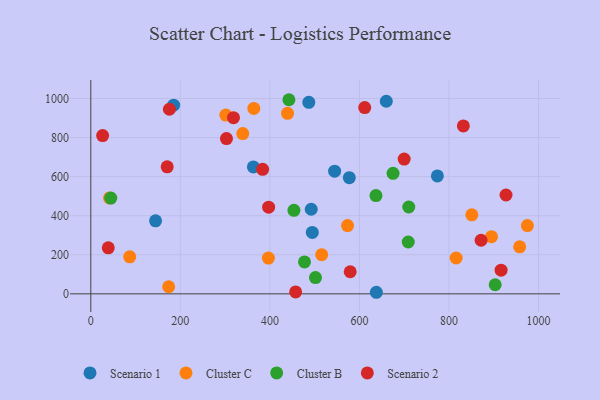
{"axis": {"x": "Distance", "y": "Salary"}, "legend": ["Cluster B", "Cluster C", "Scenario 1", "Scenario 2"], "data": [{"x": "185.0", "y": 965.9, "type": "Scenario 1"}, {"x": "492.3", "y": 433.0, "type": "Scenario 1"}, {"x": "660.0", "y": 986.0, "type": "Scenario 1"}, {"x": "544.6", "y": 628.0, "type": "Scenario 1"}, {"x": "637.8", "y": 8.0, "type": "Scenario 1"}, {"x": "363.1", "y": 649.9, "type": "Scenario 1"}, {"x": "494.7", "y": 314.6, "type": "Scenario 1"}, {"x": "774.1", "y": 603.6, "type": "Scenario 1"}, {"x": "577.4", "y": 594.8, "type": "Scenario 1"}, {"x": "144.6", "y": 374.0, "type": "Scenario 1"}, {"x": "486.9", "y": 980.7, "type": "Scenario 1"}, {"x": "975.1", "y": 349.6, "type": "Cluster C"}, {"x": "173.9", "y": 36.2, "type": "Cluster C"}, {"x": "301.6", "y": 915.2, "type": "Cluster C"}, {"x": "364.1", "y": 949.4, "type": "Cluster C"}, {"x": "439.4", "y": 924.3, "type": "Cluster C"}, {"x": "573.4", "y": 349.4, "type": "Cluster C"}, {"x": "894.9", "y": 292.5, "type": "Cluster C"}, {"x": "396.6", "y": 182.9, "type": "Cluster C"}, {"x": "851.0", "y": 404.3, "type": "Cluster C"}, {"x": "957.9", "y": 240.9, "type": "Cluster C"}, {"x": "515.7", "y": 200.3, "type": "Cluster C"}, {"x": "41.8", "y": 491.3, "type": "Cluster C"}, {"x": "816.0", "y": 183.4, "type": "Cluster C"}, {"x": "86.9", "y": 189.6, "type": "Cluster C"}, {"x": "339.4", "y": 820.6, "type": "Cluster C"}, {"x": "675.1", "y": 617.0, "type": "Cluster B"}, {"x": "442.5", "y": 993.8, "type": "Cluster B"}, {"x": "709.0", "y": 265.3, "type": "Cluster B"}, {"x": "636.9", "y": 503.2, "type": "Cluster B"}, {"x": "453.7", "y": 427.5, "type": "Cluster B"}, {"x": "44.6", "y": 490.1, "type": "Cluster B"}, {"x": "903.2", "y": 46.6, "type": "Cluster B"}, {"x": "710.2", "y": 444.6, "type": "Cluster B"}, {"x": "501.8", "y": 83.3, "type": "Cluster B"}, {"x": "477.3", "y": 163.4, "type": "Cluster B"}, {"x": "579.4", "y": 113.2, "type": "Scenario 2"}, {"x": "916.4", "y": 120.9, "type": "Scenario 2"}, {"x": "303.0", "y": 794.9, "type": "Scenario 2"}, {"x": "39.0", "y": 235.5, "type": "Scenario 2"}, {"x": "611.8", "y": 953.4, "type": "Scenario 2"}, {"x": "457.5", "y": 10.0, "type": "Scenario 2"}, {"x": "927.4", "y": 505.9, "type": "Scenario 2"}, {"x": "699.9", "y": 690.2, "type": "Scenario 2"}, {"x": "871.7", "y": 274.4, "type": "Scenario 2"}, {"x": "26.4", "y": 810.2, "type": "Scenario 2"}, {"x": "383.8", "y": 637.7, "type": "Scenario 2"}, {"x": "175.5", "y": 945.0, "type": "Scenario 2"}, {"x": "397.2", "y": 443.9, "type": "Scenario 2"}, {"x": "832.1", "y": 859.6, "type": "Scenario 2"}, {"x": "170.6", "y": 650.3, "type": "Scenario 2"}, {"x": "318.7", "y": 901.8, "type": "Scenario 2"}]}